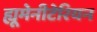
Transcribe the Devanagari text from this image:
ह्यूमेनीटेरियन